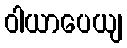
ဝါယာပေယျ